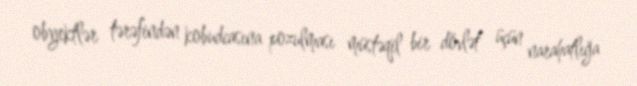
obyektlər tərəfindən kobudcasına pozulması müstəqil bir dövlət üçün narahatlığa